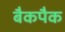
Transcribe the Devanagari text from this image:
बैकपैक